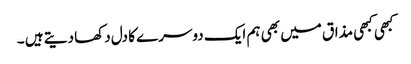
کبھی کبھی مذاق میں بھی ہم ایک دوسرے کا دل دکھا دیتے ہیں ۔